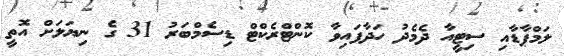
ލަމްޕާޑާއި ސިޓީއާ ދެމެދު ހަދާފައިވާ ކޮންޓްރެކްޓް ޑިސެމްބަރު 31 ގެ ނިޔަލަށް އޮތީ